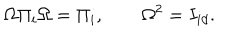
\Omega \Pi _ { i } \Omega = \Pi _ { i } , \qquad \Omega ^ { 2 } = I _ { i d } .